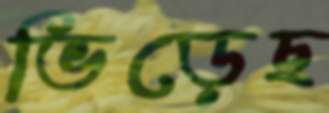
ভিড়েছ